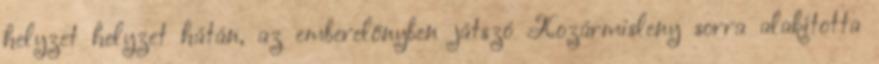
helyzet helyzet hátán, az emberelőnyben játszó Kozármisleny sorra alakította